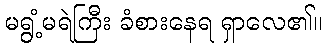
မရွံ့မရဲကြီး ခံစားနေရ ရှာလေ၏။